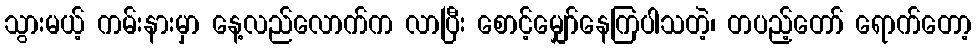
သွားမယ့် ကမ်းနားမှာ နေ့လည်လောက်က လာပြီး စောင့်မျှော်နေကြပါသတဲ့၊ တပည့်တော် ရောက်တော့